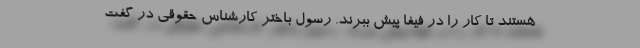
هستند تا کار را در فیفا پیش ببرند. رسول باختر کارشناس حقوقی در گفت